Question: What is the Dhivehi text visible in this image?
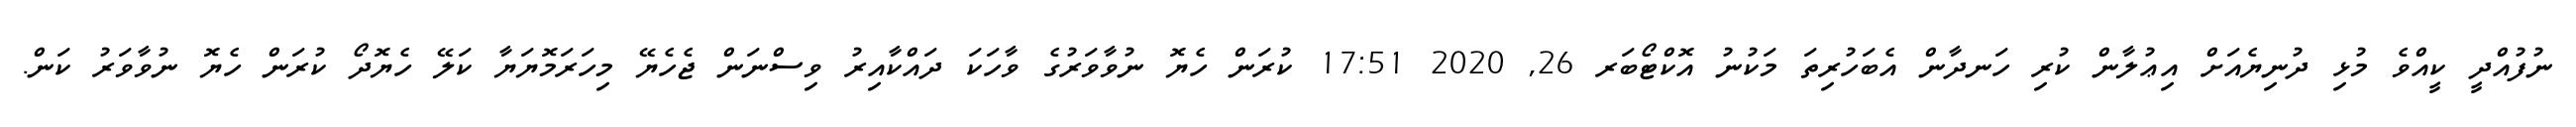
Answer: ނުފުއްދީ ކީއްވެ މުޅި ދުނިޔެއަށް އިޢުލާން ކުރި ހަނދާން އެބަހުރިތަ މަކުނު އޮކްޓޯބަރ 26, 2020 17:51 ކުރަން ހެޔޮ ނުވާވަރުގެ ވާހަކަ ދައްކާއިރު ވިސްނަން ޖެހެޔޭ މިހަރަމޮޔަޔާ ކަލޭ ހެޔޮދޯ ކުރަން ހެޔޮ ނުވާވަރު ކަން.